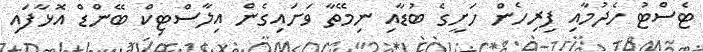
ޓެސްޓު ހެދުމާއި ފިރިހެން ހަށީގެ ބުޑާއި ނިމޭތާ ވަށައިގެން އިލާސްޓިކް ބޭންޑް އޮޅާފައި